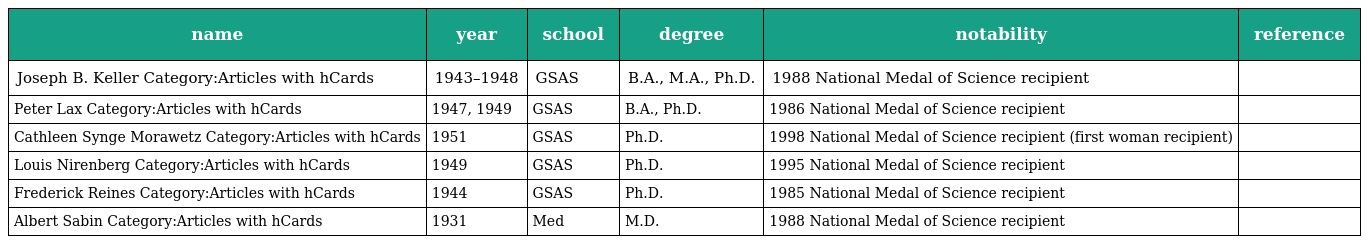
| name | year | school | degree | notability | reference |
 | --- | --- | --- | --- | --- | --- |
 | Joseph B. Keller Category:Articles with hCards | 1943–1948 | GSAS | B.A., M.A., Ph.D. | 1988 National Medal of Science recipient |  |
 | Peter Lax Category:Articles with hCards | 1947, 1949 | GSAS | B.A., Ph.D. | 1986 National Medal of Science recipient |  |
 | Cathleen Synge Morawetz Category:Articles with hCards | 1951 | GSAS | Ph.D. | 1998 National Medal of Science recipient (first woman recipient) |  |
 | Louis Nirenberg Category:Articles with hCards | 1949 | GSAS | Ph.D. | 1995 National Medal of Science recipient |  |
 | Frederick Reines Category:Articles with hCards | 1944 | GSAS | Ph.D. | 1985 National Medal of Science recipient |  |
 | Albert Sabin Category:Articles with hCards | 1931 | Med | M.D. | 1988 National Medal of Science recipient |  |